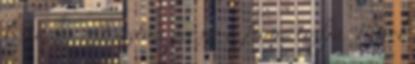
ki tudja mit aztán persze a franc tudja. Mivel